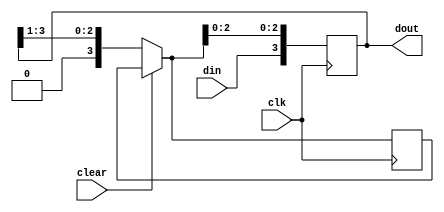
`timescale 1ns / 1ps
//////////////////////////////////////////////////////////////////////////////////
// Company: 
// Engineer: 
// 
// Design Name: 
// Module Name:    sipo_reg 
// Project Name: 
// Target Devices: 
// Tool versions: 
// Description: 
//
// Dependencies: 
//
// Revision: 
// Revision 0.01 - File Created
// Additional Comments: 
//
module sipo_reg(clk,clear,din,dout);

input clk,din,clear;

output reg [3:0] dout;
reg [3:0] tmp;

always @(posedge clk )
begin
if (clear)
dout = 4'b0000;
else
tmp = dout >>1 ;
dout = {din,tmp[2:0]};
end



endmodule